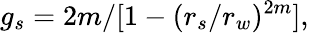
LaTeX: g_{s}=2m/[1-(r_{s}/r_{w})^{2m}],